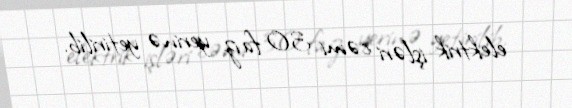
elektrik işləri cəmi 30 faiz yerinə yetirilib.